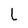
Character: l